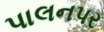
પાલનપર